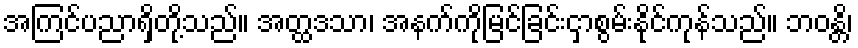
အကြင်ပညာရှိတို့သည်။ အတ္ထဒသာ၊ အနက်ကိုမြင်ခြင်းငှာစွမ်းနိုင်ကုန်သည်။ ဘဝန္တိ၊